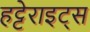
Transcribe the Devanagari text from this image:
हट्टेराइट्स